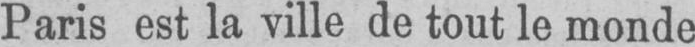
Paris est la ville de tout le monde